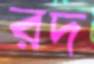
রদ